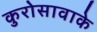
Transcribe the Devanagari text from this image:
कुरोसावाके